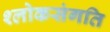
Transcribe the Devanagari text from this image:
श्लोकसंगति